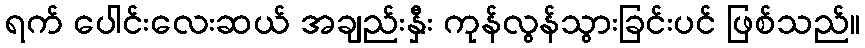
ရက် ပေါင်းလေးဆယ် အချည်းနှီး ကုန်လွန်သွားခြင်းပင် ဖြစ်သည်။